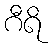
ဂီရိ